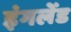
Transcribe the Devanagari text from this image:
इंगलेंड